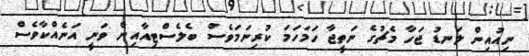
ނިއުއިން ލަނޑު ޖަހާ މެޗުގެ ނަތީޖާ ހަމަހަމަ ކުރިނަމަވެސް ބެލެސްޓިއާއިން ވަނީ އަނެއްކާވެސް